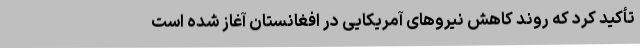
تأکید کرد که روند کاهش نیروهای آمریکایی در افغانستان آغاز شده‌ است